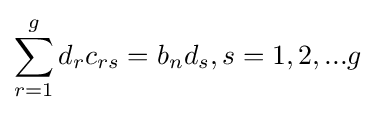
\sum _{r=1}^{g}d_{r}c_{rs}=b_{n}d_{s},s=1,2,...g